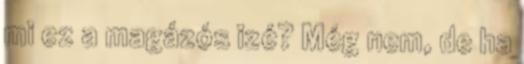
mi ez a magázós izé? Még nem, de ha